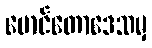
မောင်တောဒေသမှ